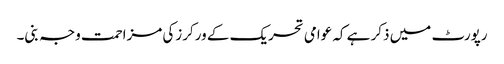
رپورٹ میں ذکر ہے کہ عوامی تحریک کے ورکرزکی مزاحمت وجہ بنی۔